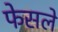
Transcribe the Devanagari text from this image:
फेसले